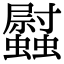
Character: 𧕈